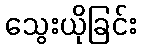
သွေးယိုခြင်း